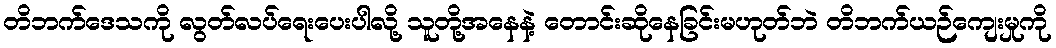
တိဘက်ဒေသကို လွတ်လပ်ရေးပေးပါလို့ သူတို့အနေနဲ့ တောင်းဆိုနေခြင်းမဟုတ်ဘဲ တိဘက်ယဉ်ကျေးမှုကို